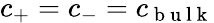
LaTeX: c_{+}=c_{-}=c_{\mathrm{~b~u~l~k~}}